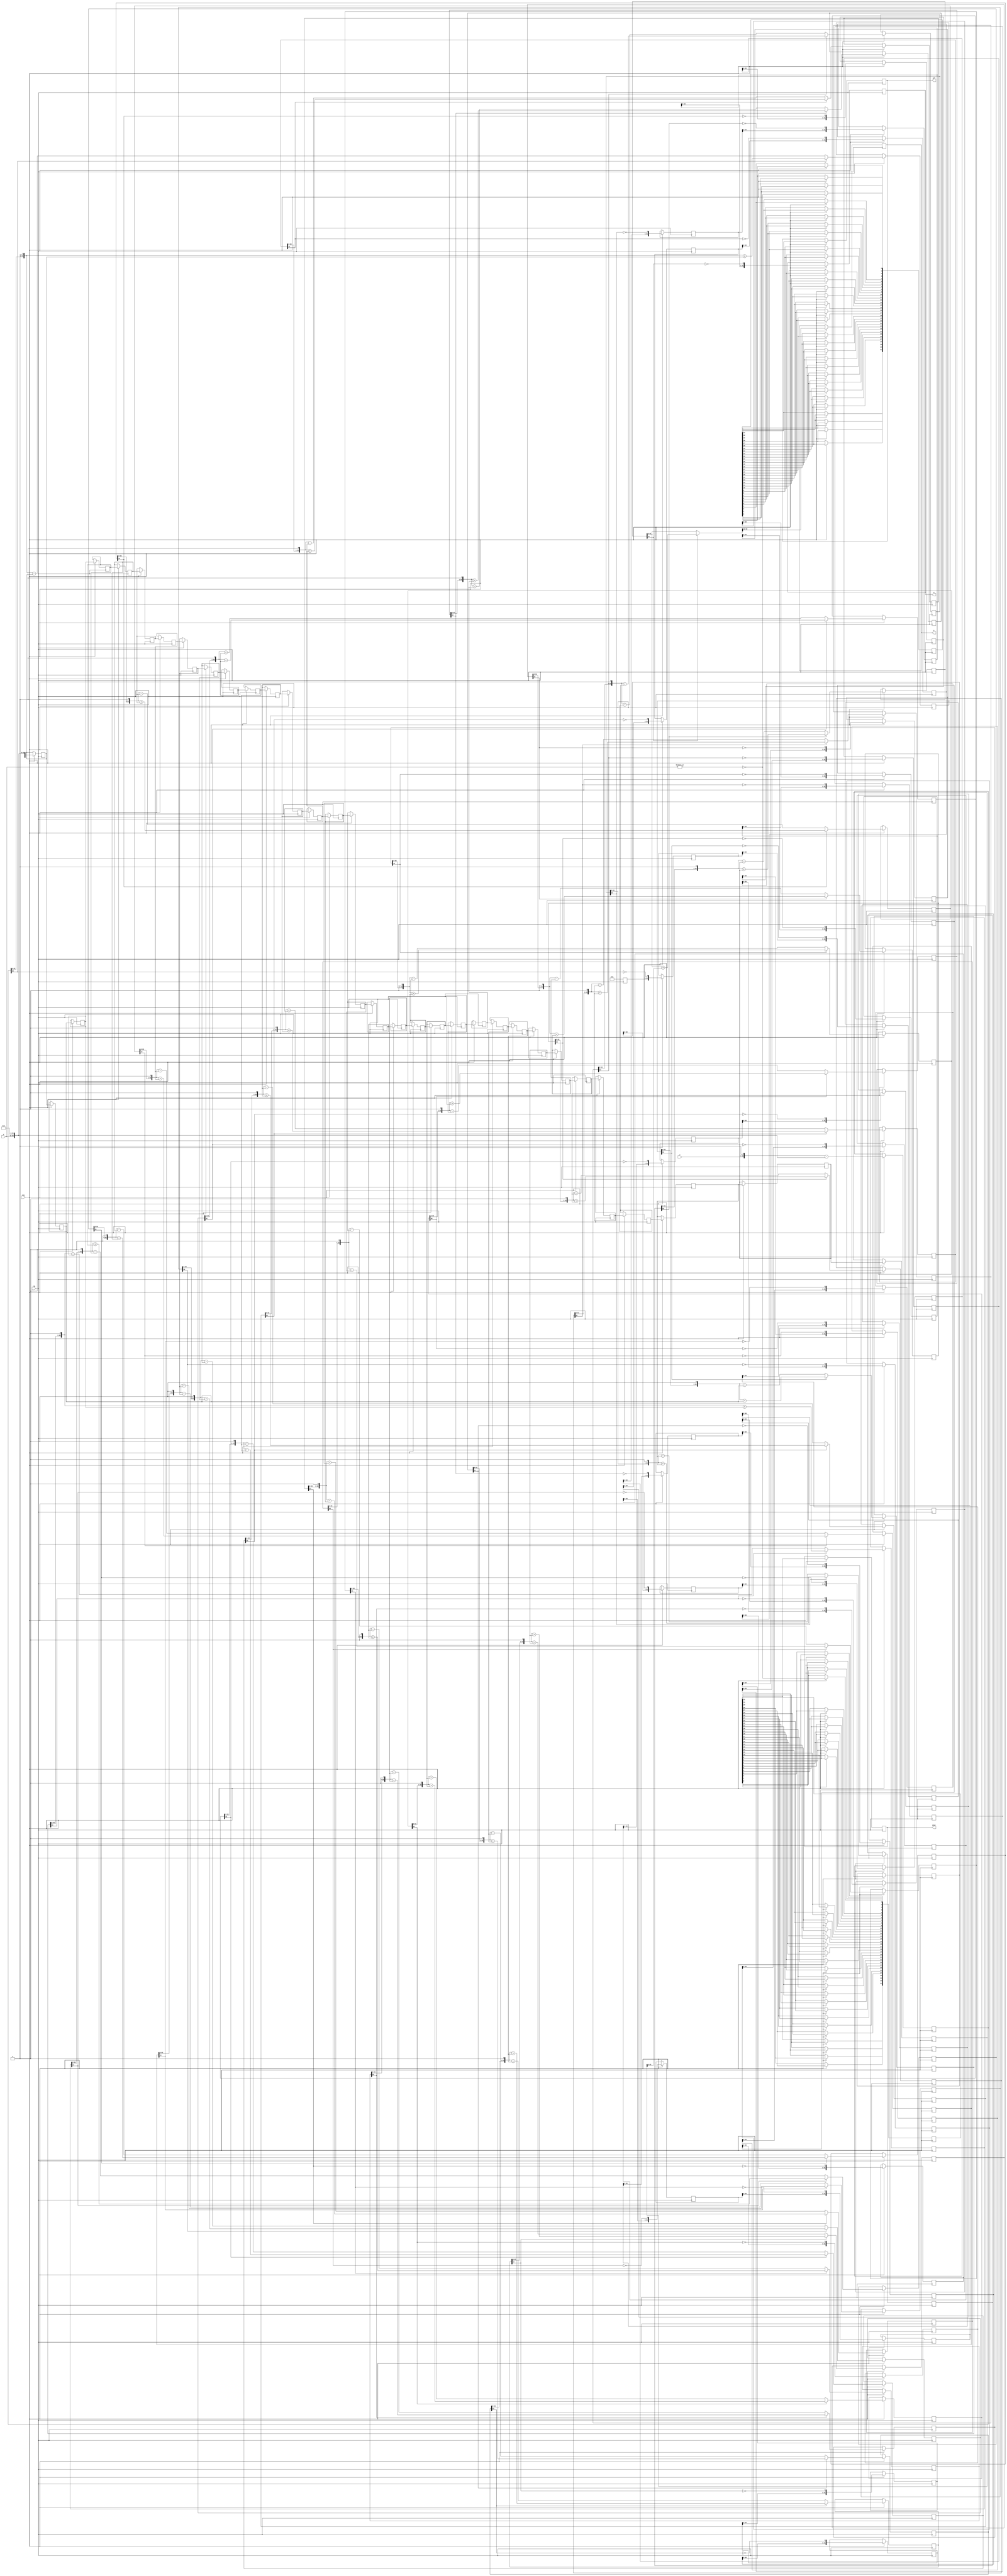
module pippo_div_uu(
    
    clk, ena, 
    
    z, d, q, s, 
    
    div0, ovf
);

//
// parameters
//
parameter z_width = 64;
parameter d_width = z_width /2;

//
// inputs & outputs
//
input clk;              
input ena;              

input  [z_width -1:0] z; // divident
input  [d_width -1:0] d; // divisor
output [d_width -1:0] q; // quotient
output [d_width -1:0] s; // remainder
output div0;
output ovf;
	
//
//
//
reg [d_width-1:0] q;
reg [d_width-1:0] s;
reg div0;
reg ovf;

//	
// functions
//

// temporal remainder
function [z_width:0] gen_s;
	input [z_width:0] si;
	input [z_width:0] di;
begin
  if(si[z_width])
    gen_s = {si[z_width-1:0], 1'b0} + di;
  else
    gen_s = {si[z_width-1:0], 1'b0} - di;
end
endfunction

// generate 1-bit quotient per stage
function [d_width-1:0] gen_q;
	input [d_width-1:0] qi;
	input [z_width:0] si;
begin
  gen_q = {qi[d_width-2:0], ~si[z_width]};
end
endfunction

// last quotient
function [d_width-1:0] assign_s;
	input [z_width:0] si;
	input [z_width:0] di;
	reg [z_width:0] tmp;
begin
  if(si[z_width])
    tmp = si + di;
  else
    tmp = si;

  assign_s = tmp[z_width-1:z_width-d_width];
end
endfunction

//
// divide
//
reg [d_width-1:0] q_pipe  [d_width-1:0];
reg [z_width:0] s_pipe  [d_width:0];
reg [z_width:0] d_pipe  [d_width:0];

reg [d_width:0] div0_pipe, ovf_pipe;

integer n0, n1, n2, n3;

// generate divisor (d) pipe
always @(d)
  d_pipe[0] <= {1'b0, d, {(z_width-d_width){1'b0}} };

always @(posedge clk)
  if(ena)
    for(n0=1; n0 <= d_width; n0=n0+1)
       d_pipe[n0] <= d_pipe[n0-1];

// generate internal remainder pipe
always @(z)
  s_pipe[0] <= z;

always @(posedge clk)
  if(ena)
    for(n1=1; n1 <= d_width; n1=n1+1)
       s_pipe[n1] <= gen_s(s_pipe[n1-1], d_pipe[n1-1]);

// generate quotient pipe
always @(posedge clk)
  q_pipe[0] <= 0;

always @(posedge clk)
  if(ena)
    for(n2=1; n2 < d_width; n2=n2+1)
       q_pipe[n2] <= gen_q(q_pipe[n2-1], s_pipe[n2]);

//
// divider results
//
always @(posedge clk)
  if(ena)
    q <= gen_q(q_pipe[d_width-1], s_pipe[d_width]);

always @(posedge clk)
  if(ena)
    s <= assign_s(s_pipe[d_width], d_pipe[d_width]);

//
// flags (divide_by_zero, overflow)
//
always @(z or d)
begin
//  ovf_pipe[0]  <= !(z[z_width-1:d_width] < d);
    ovf_pipe[0] <= ~|d;     // [TBD]there is no need to check overflow, coz the high part bits is just signed-extend
    div0_pipe[0] <= ~|d;
end

always @(posedge clk)
  if(ena)
    for(n3=1; n3 <= d_width; n3=n3+1)
    begin
        ovf_pipe[n3] <= ovf_pipe[n3-1];
        div0_pipe[n3] <= div0_pipe[n3-1];
    end

always @(posedge clk)
  if(ena)
    ovf <= ovf_pipe[d_width];

always @(posedge clk)
  if(ena)
    div0 <= div0_pipe[d_width];
	    
endmodule